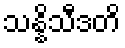
သန္နိသီဒတိ